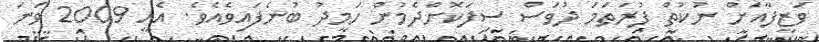
ވަޒީފާއަށް ނުކުތް ފުރަތަމަ ދުވަސް ސިފަކޮށްދެމުން ހަމީދު ބުނެފައިވެއެވެ. އެއީ 2009 ވަނަ